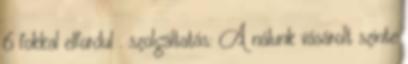
6 fokkal elfordul . szolgáltatás: A nálunk vásárolt szinte